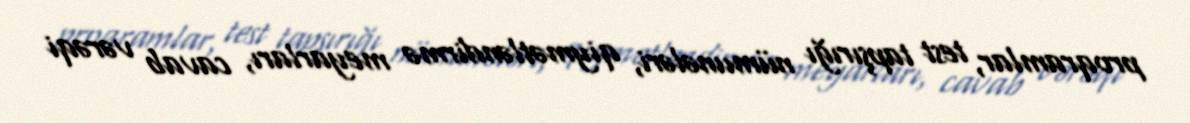
proqramlar, test tapşırığı nümunələri, qiymətləndirmə meyarları, cavab vərəqi